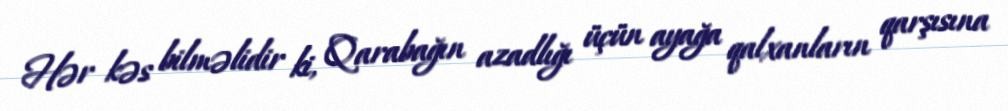
Hər kəs bilməlidir ki, Qarabağın azadlığı üçün ayağa qalxanların qarşısına